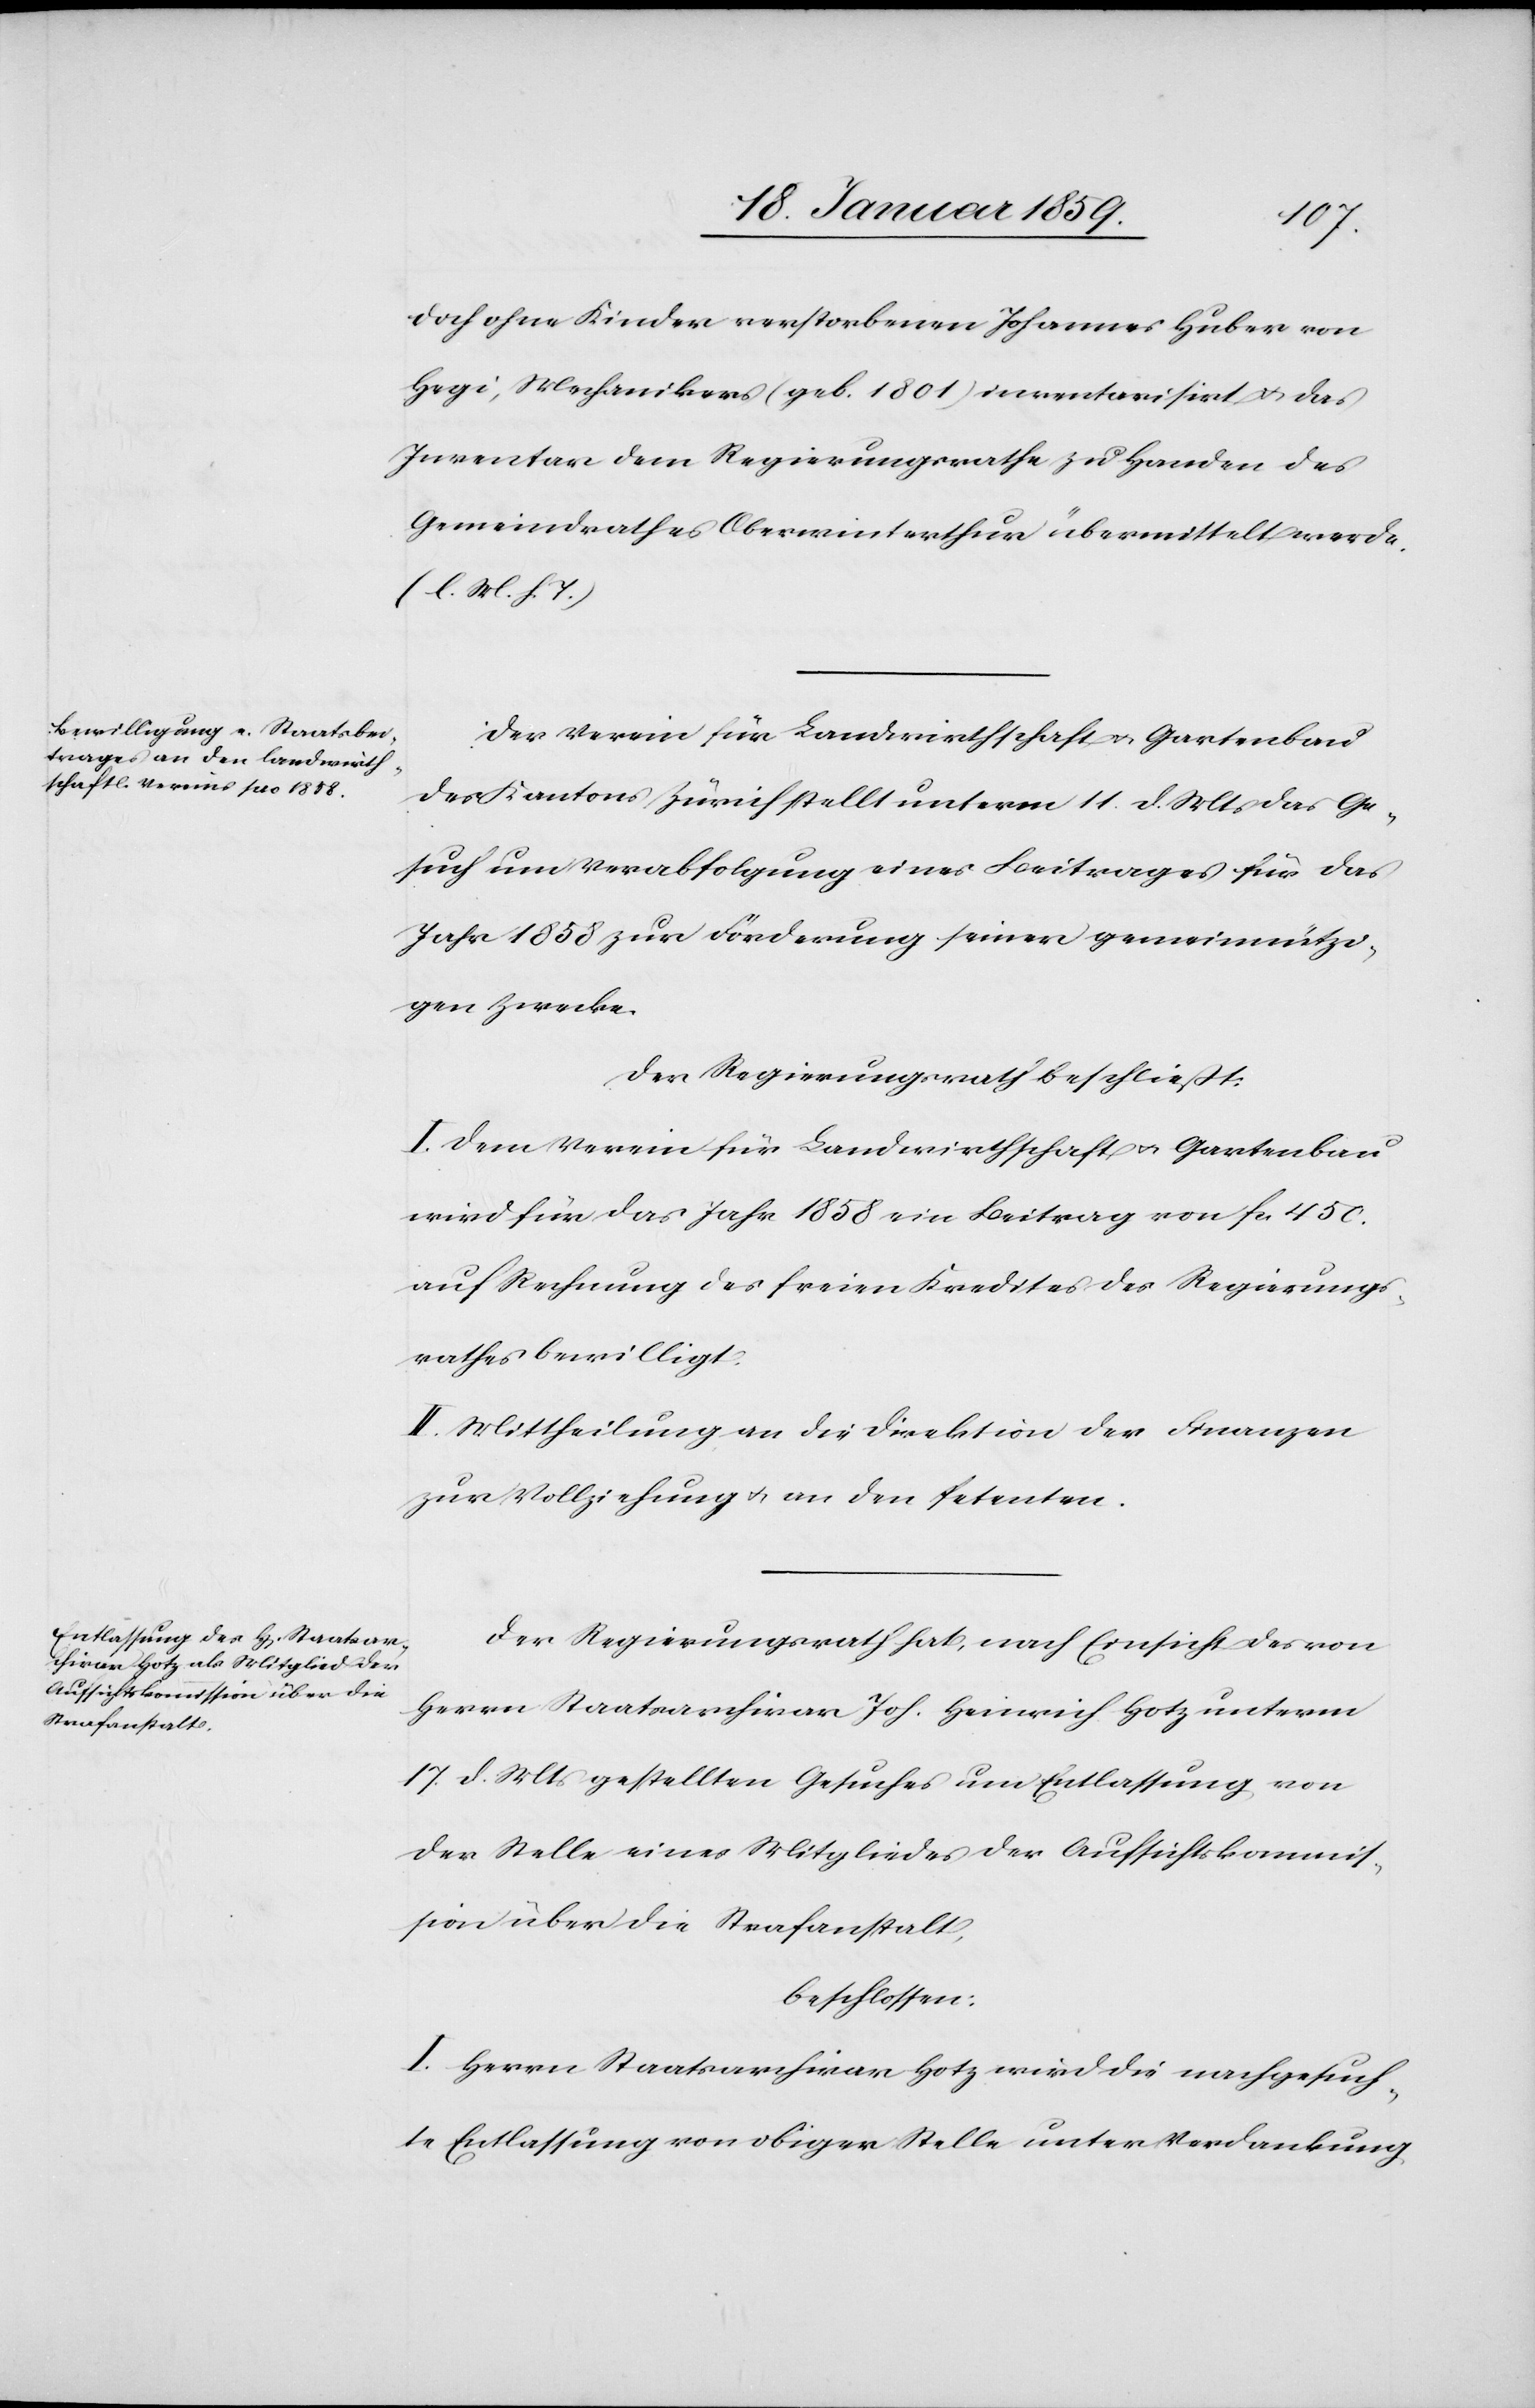
doch ohne Kinder verstorbenen Johannes Huber von
Hegi, Mechanikers (geb. 1801) inventarisirt u. das
Inventar dem Regierungsrathe zu Handen des
Gemeinderathes Oberwinterthur übermittelt werde.
(l. M. h. T.)
Der Verein für Landwirthschaft u. Gartenbau
des Kantons Zürich stellt unterm 11. d. Mts das Ge¬
such um Verabfolgung eines Beitrages für das
Jahr 1858 zur Förderung seiner gemeinnützi¬
gen Zwecke.
Der Regierungsrath beschließt:
I Dem Verein für Landwirthschaft u. Gartenbau
wird für das Jahr 1858 ein Beitrag von fcs 450.
auf Rechnung des freien Kredites des Regierungs¬
rathes bewilligt.
II. Mittheilung an die Direktion der Finanzen
zur Vollziehung u. an den Petenten.
Der Regierungsrath hat, nach Einsicht des von
Herrn Staatsarchivar Joh. Heinrich Hotz unterm
17. d. Mts gestellten Gesuches um Entlassung von
der Stelle eines Mitgliedes der Aufsichtskommis¬
sion über die Strafanstalt,
beschlossen:
I. Herrn Staatsarchivar Hotz wird die nachgesuch¬
te Entlassung von obiger Stelle unter Verdankung